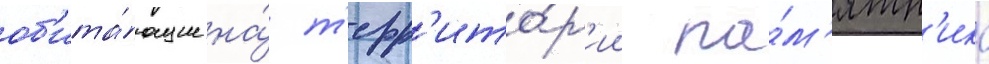
об'ита́ющие на́ т'ерр'ито́р'ии па́м'ятн'ика